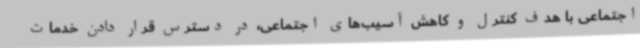
اجتماعی با هدف کنترل و کاهش آسیب‌های اجتماعی، در دسترس قرار دادن خدمات